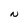
Character: N